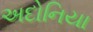
અદોનિયા